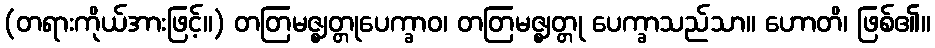
(တရားကိုယ်အားဖြင့်။) တတြမဇ္ဈတ္တုပေက္ခာဝ၊ တတြမဇ္ဈတ္တု ပေက္ခာသည်သာ။ ဟောတိ၊ ဖြစ်၏။